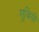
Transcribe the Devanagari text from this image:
गूबियो